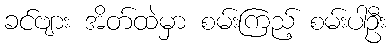
ခင်ဗျား အိတ်ထဲမှာ စမ်းကြည့် စမ်းပါဦး